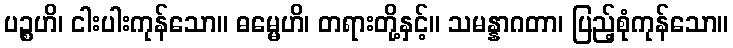
ပဉ္စဟိ၊ ငါးပါးကုန်သော။ ဓမ္မေဟိ၊ တရားတို့နှင့်။ သမန္နာဂတာ၊ ပြည့်စုံကုန်သော။